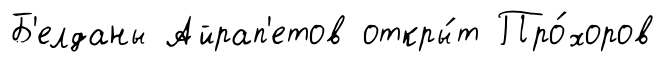
Б'елданы Айрап'етов откры́т Про́хоров